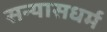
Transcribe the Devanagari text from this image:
सन्यासधर्म